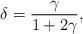
LaTeX: \begin{align*}\delta = \frac{\gamma}{1+2\gamma},\end{align*}